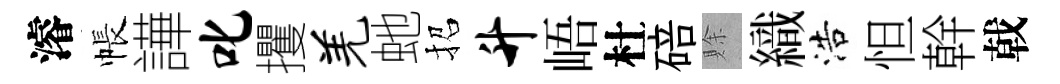
濬帳譁叱攫羌虵招升峿杜碚賖織浩怛幹戟